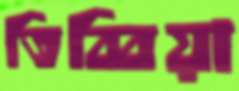
তিব্বিয়া